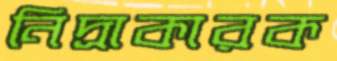
নিদ্রাকারক